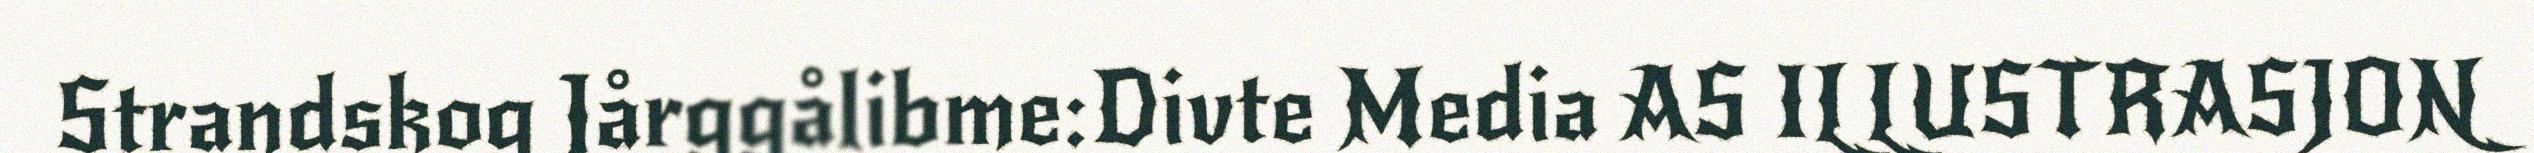
Strandskog Jårggålibme:Divte Media AS ILLUSTRASJON